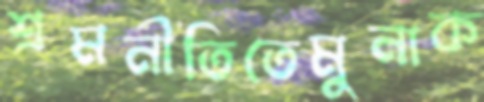
শ্রমনীতিতেমুনাক